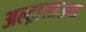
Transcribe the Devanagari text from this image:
अल्‍ट्रासाउन्‍ड